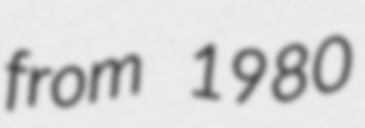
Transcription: from 1980